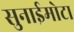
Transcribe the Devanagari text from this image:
सुनाईमोटा